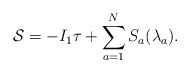
\begin{align*}{\cal S}=-I_1 \tau+\sum_{a=1}^N S_a (\lambda_a) .\end{align*}